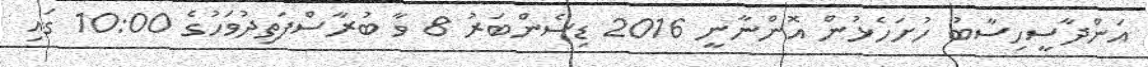
އަންދާސީހިސާބު ހުށަހެޅުން އޮންނާނީ 2016 ޑިސެންބަރު 8 ވާ ބުރާސްފަތިދުވަހުގެ 10:00 ގައި